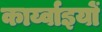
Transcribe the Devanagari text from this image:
कार्य्वाइयों